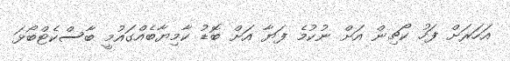
އަހަރަށް ފަހު ކޯޗިން އަށް ނުކުމެ ފަޔާ އަށް ބޮޑު ކާމިޔާބެއްގައުމީ ބާސްކެޓްބޯޅަ